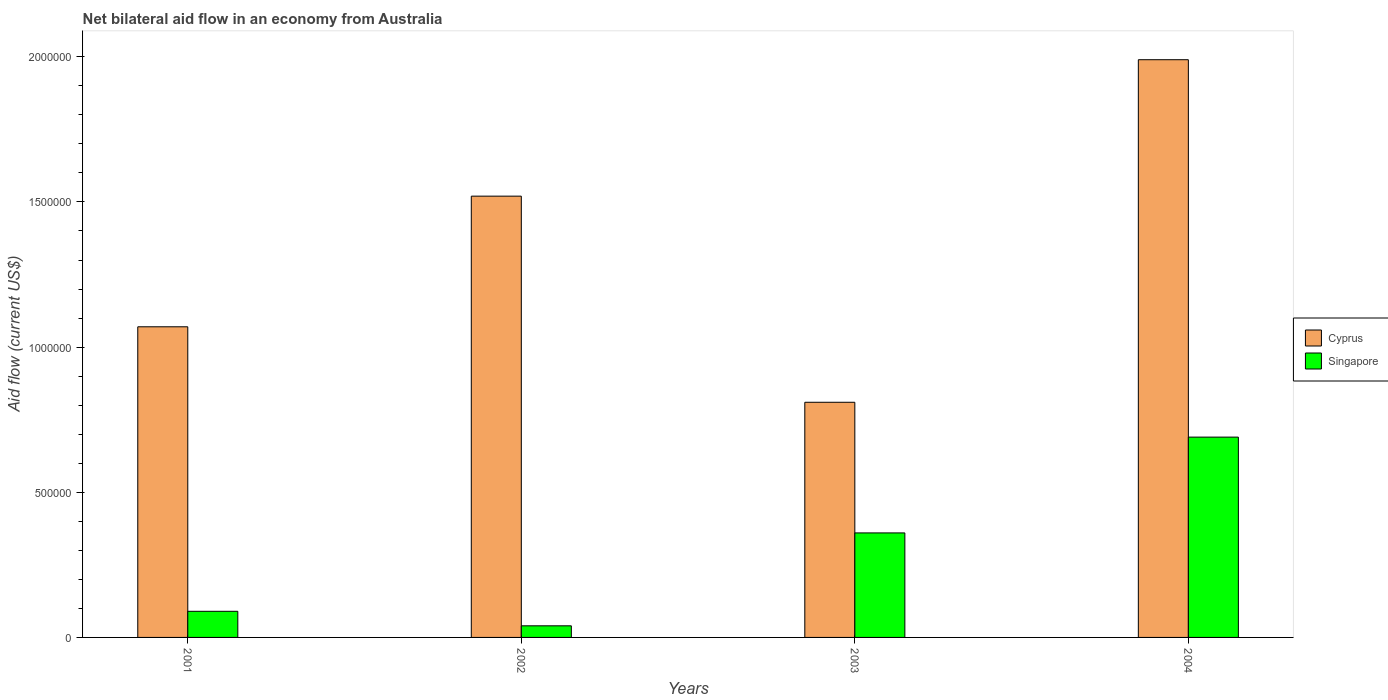
| Years | Cyprus | Singapore |
 | --- | --- | --- |
 | 2001 | 1.07e+06 | 9e+04 |
 | 2002 | 1.52e+06 | 4e+04 |
 | 2003 | 8.1e+05 | 3.6e+05 |
 | 2004 | 1.99e+06 | 6.9e+05 |